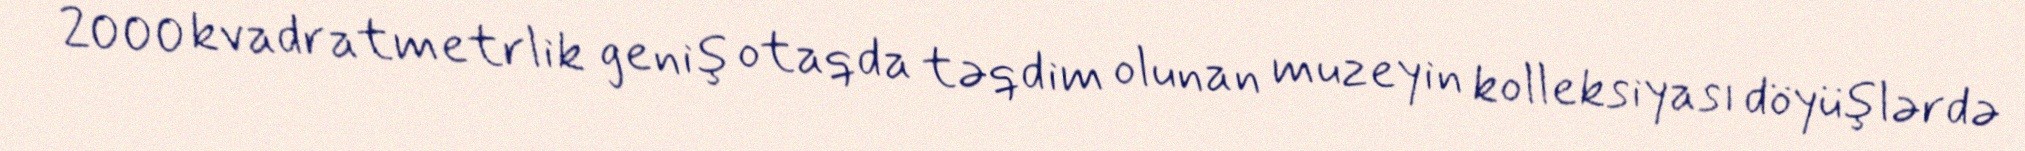
2000 kvadratmetrlik geniş otaqda təqdim olunan muzeyin kolleksiyası döyüşlərdə